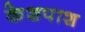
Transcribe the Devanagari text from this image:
केशपाश